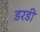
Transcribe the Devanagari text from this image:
डरडी